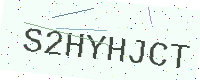
Text: S2HYHJCT